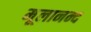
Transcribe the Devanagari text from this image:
मूलानन्द